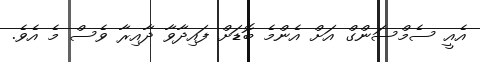
އެއީ ސެމްސަންގް އަށް އެންމެ ބޮޑަށް ފައިދާވާ ދާއިރާ ވެސް މެ އެވެ.